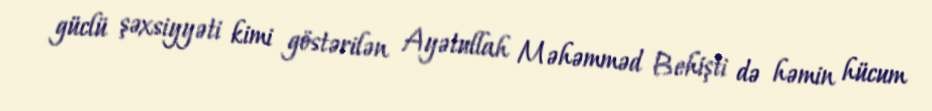
güclü şəxsiyyəti kimi göstərilən Ayətullah Məhəmməd Behişti də həmin hücum